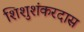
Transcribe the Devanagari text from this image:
शिशुशंकरदास